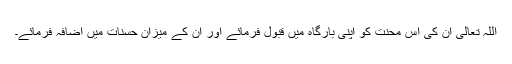
اللہ تعالی ان کی اس محنت کو اپنی بارگاہ میں قبول فرمائے اور ان کے میزان حسنات میں اضافہ فرمائے۔